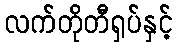
လက်တိုတီရှပ်နှင့်